Punjab Mental Hospital Lahore 1922-31 - 1922-1931
Year: 1922
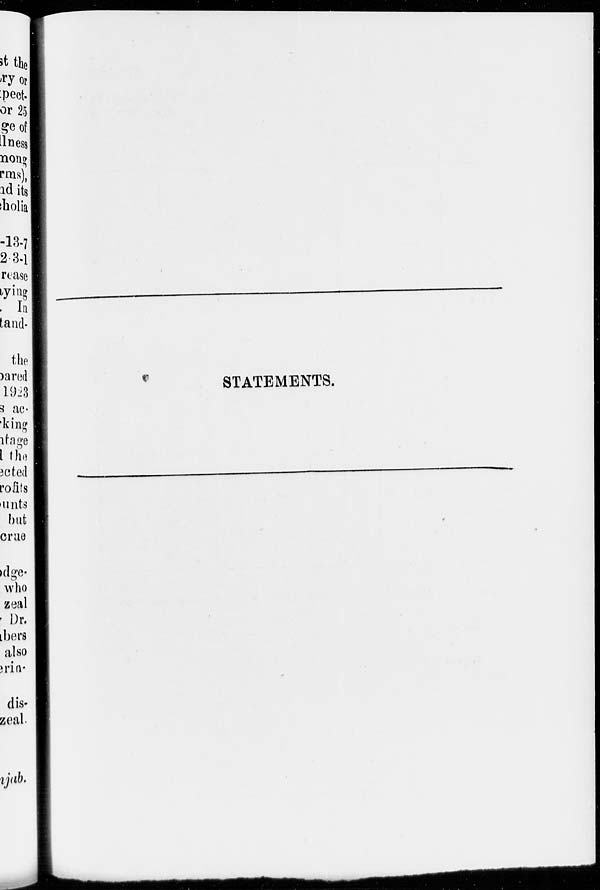
STATEMENTS.